talulepingud_et, lk 6
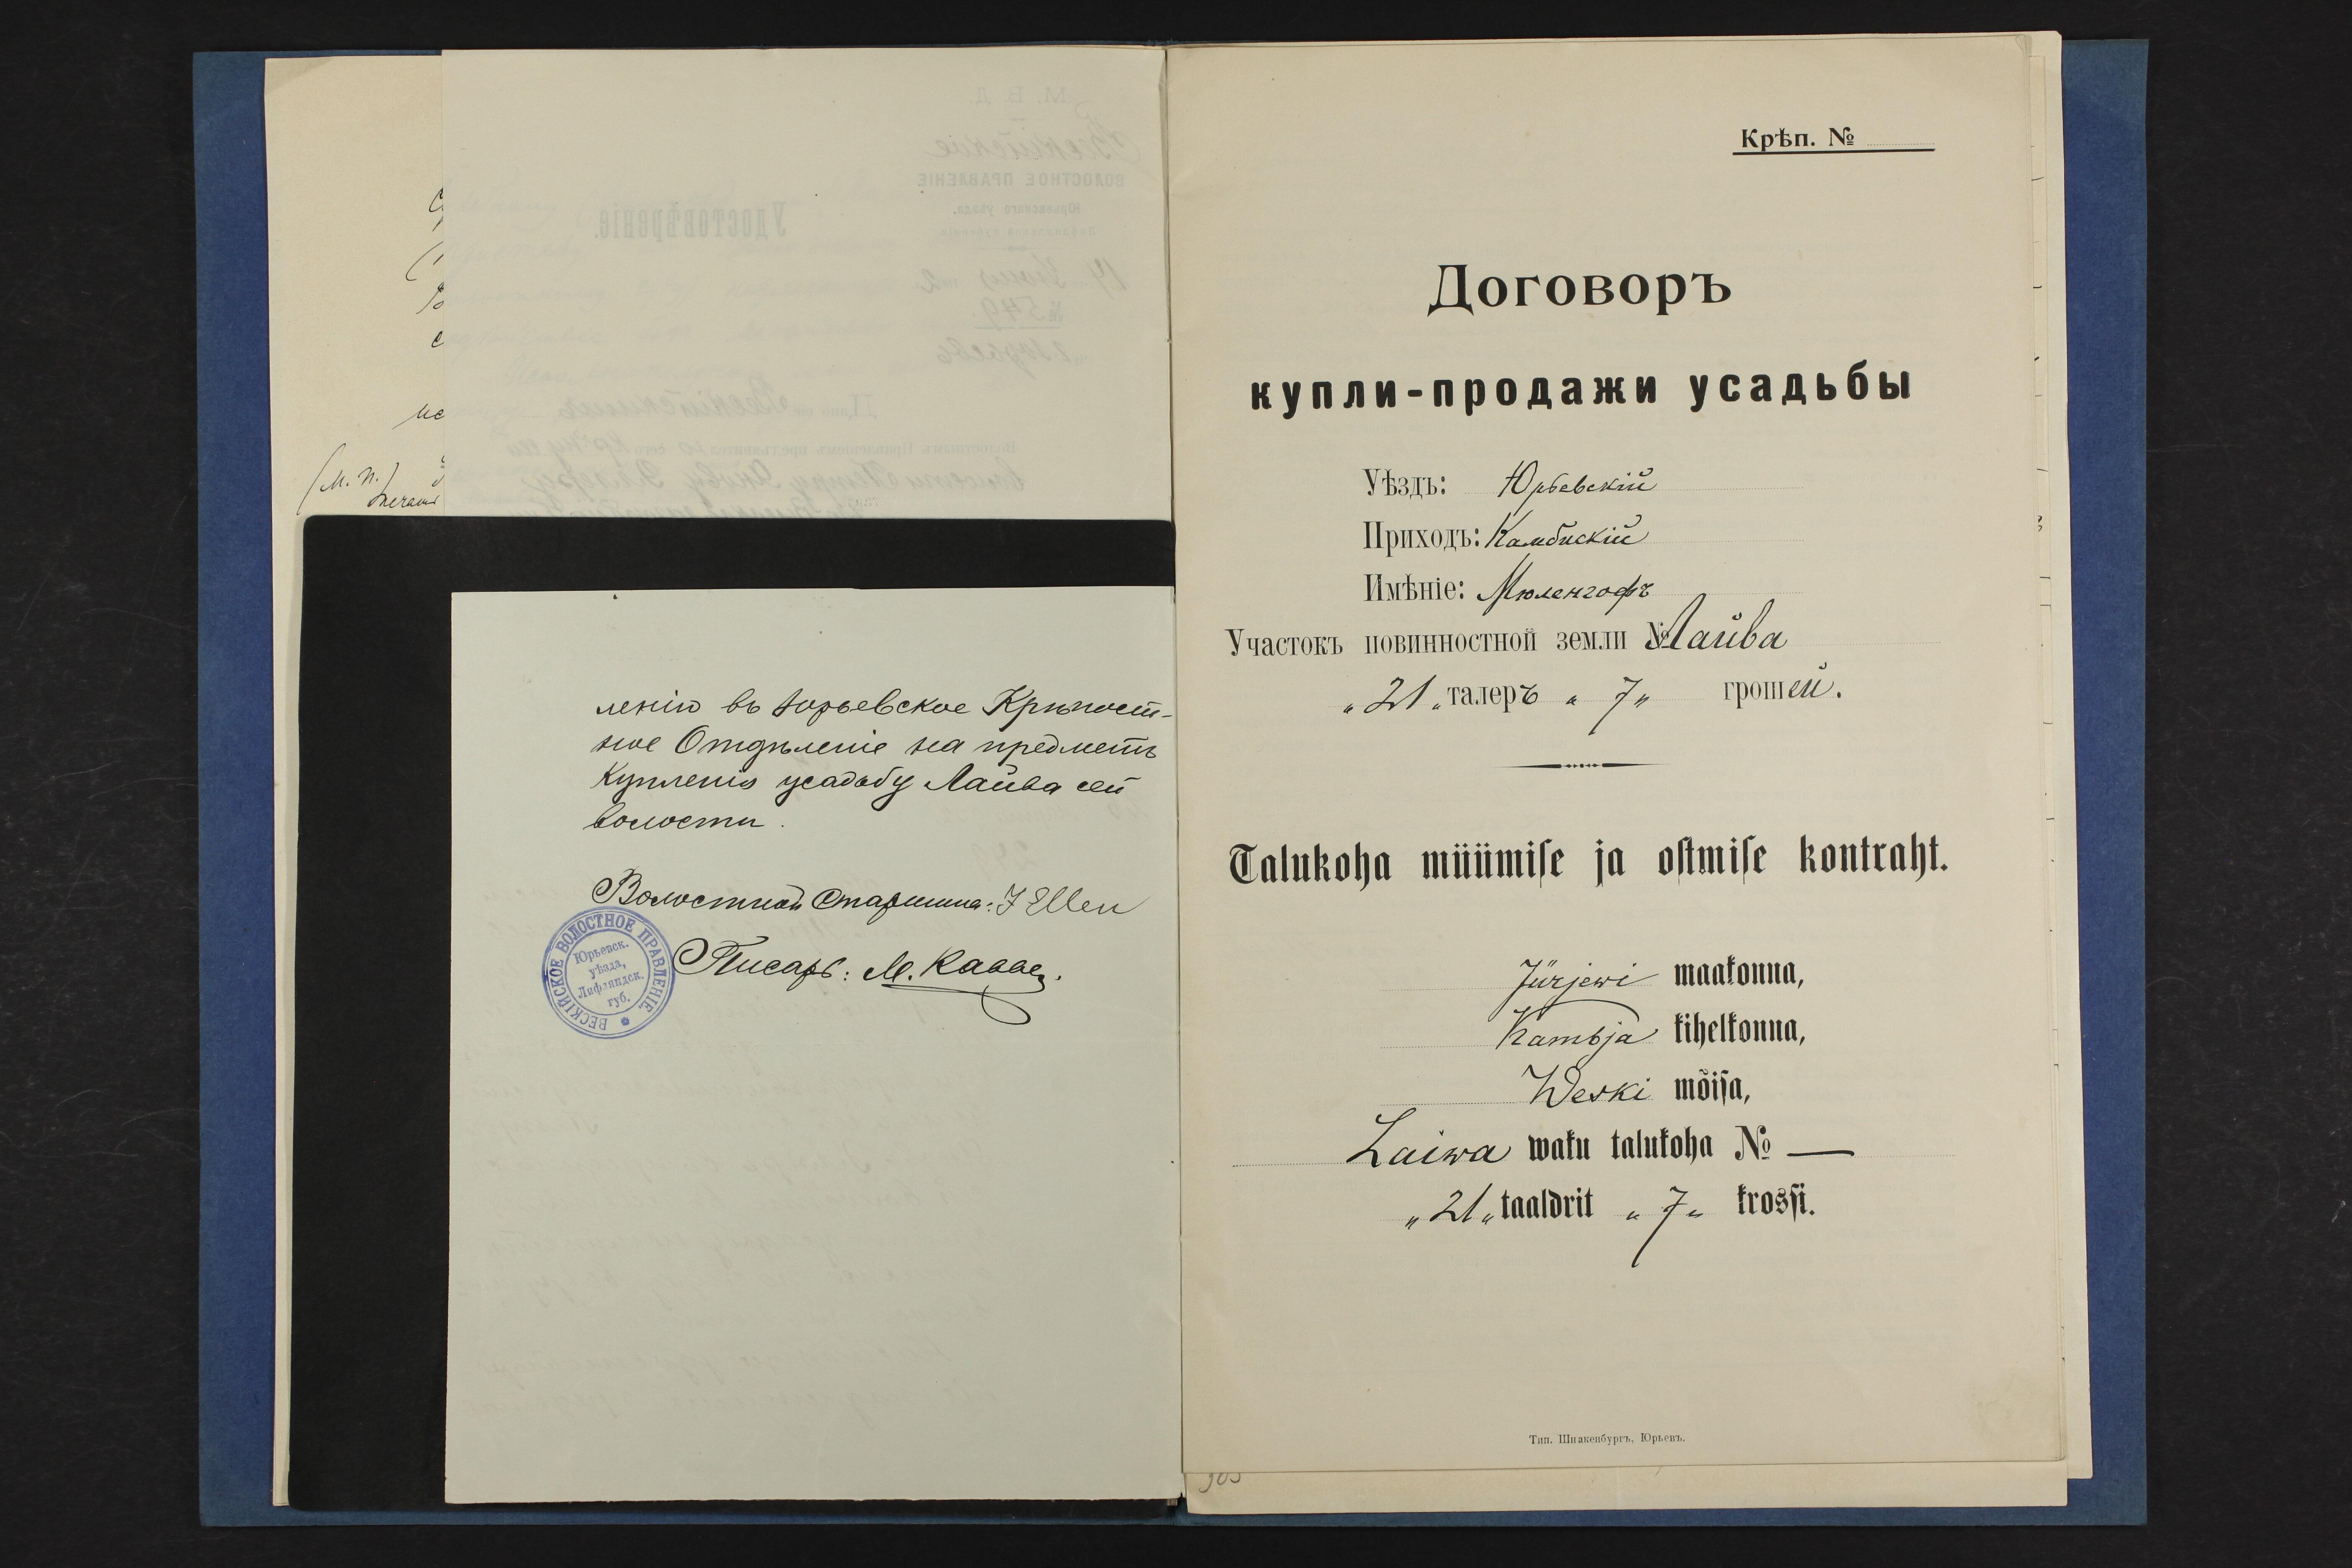
Talukoha müümise ja ostmise kontraht.
Jürjewi maakonna,
Kambja kihelkonna,
Weski mõisa,
Laiwa waku talukoha No -
"21" taaldrit "7" krossi.